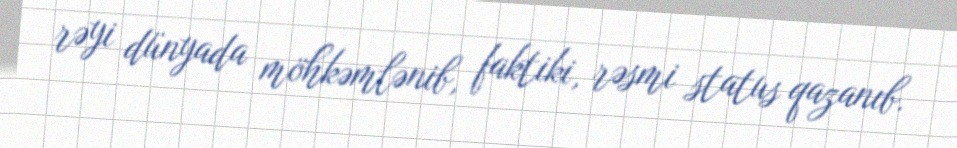
rəyi dünyada möhkəmlənib, faktiki, rəsmi status qazanıb.